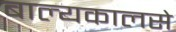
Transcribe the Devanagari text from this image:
बाल्यकालसे